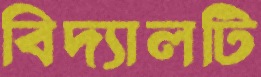
বিদ্যালটি